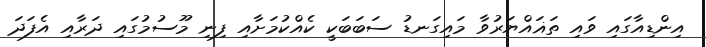
އިންޑިއާގައި ވައި ތަޣައްޔަރުވާ މައިގަނޑު ސަބަބަކީ ކެއްކުމަށާއި ފިނި މޫސުމުގައި ދަރާއި އެފަދަ